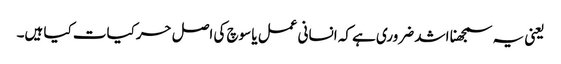
یعنی یہ سمجھنا اشد ضروری ہے کہ انسانی عمل یا سوچ کی اصل حرکیات کیا ہیں۔